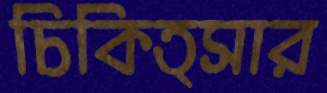
চিকিত্সার